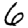
Digit: 6